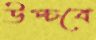
উপ্‌চবে